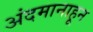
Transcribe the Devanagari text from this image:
अंदमानाहून